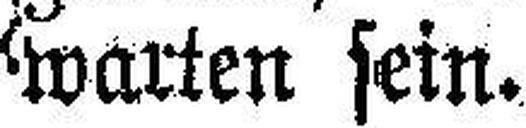
warten sein.